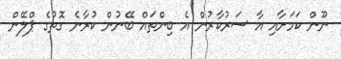
ނޫން ކަމަށާއި އާ ސަރުކާރުން އެ ބިންތައް ބޭނުން ކުރާނެ ގޮތުގެ ޕްލޭން